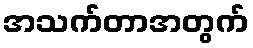
အသက်တာအတွက်